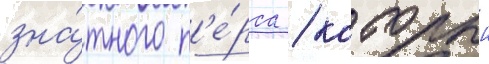
зна́тного п'е́рса / которыи